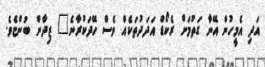
އަދި އެމީހުން އޭނާ ގަތުމަށް ރެކޯޑް އަދަދުތަކެއް ވެސް ހޭދަކުރާނެ" ޒިދާން ބުންޏެވެ.